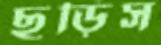
ছুড়িস